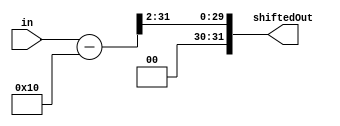
`timescale 1ns / 1ps
//////////////////////////////////////////////////////////////////////////////////
// Company: 
// Engineer: 
// 
// Design Name: 
// Module Name: ShiftRight2
// Project Name: 
// Target Devices: 
// Tool Versions: 
// Description: 
// 
// Dependencies: 
// 
// Revision:
// Revision 0.01 - File Created
// Additional Comments:
// 
//////////////////////////////////////////////////////////////////////////////////


module ShiftRight2(in, shiftedOut);
    input [31:0] in;
    output reg [31:0] shiftedOut;
    
    always@(in) begin
    shiftedOut <= (in - 16) >> 2;
    end
endmodule